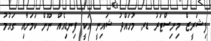
ފިޝަރީޒް މިނިސްޓަރު ޑރ. މުހައްދު ޝައިނީ އަކީ ފިނޑިއެއް ނޫން ކަމަށާއި ގައުމު